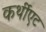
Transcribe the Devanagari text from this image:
कर्थीएट